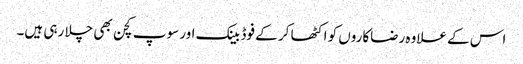
اس کے علاوہ رضاکاروں کو اکٹھا کر کے فوڈ بینک اور سوپ کچن بھی چلا رہی ہیں۔